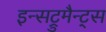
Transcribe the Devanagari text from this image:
इन्सट्रुमैन्ट्स